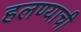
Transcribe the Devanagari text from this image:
हलण्याची